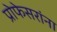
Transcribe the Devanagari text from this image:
प्रोफेसरांना